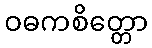
ဝဓကစိတ္တော